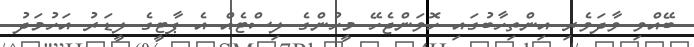
ބޭއްވި ވާދަވެރި އިންތިހާބުގައި ހޮވަންޖެހޭ މީހުންގެ ލިސްޓެއް އެ ޕާޓީގެ ލީޑަރު އަހުމަދު